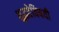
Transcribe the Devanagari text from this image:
शुद्धतेविषयी